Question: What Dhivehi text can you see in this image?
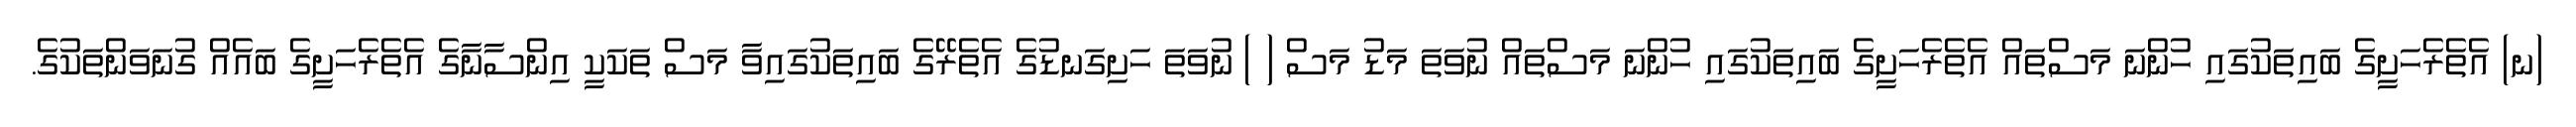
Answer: (ނ) އެތެރެހަށީގެ ބައިތަކުގައި ހުންނަ މަސްތައް އެތެރެހަށީގެ ބައިތަކުގައި ހުންނަ މަސްތައް ނުވަތަ މަޑު މަސް ( ) ނުވަތަ ހަށިގަނޑުގެ އެތެރޭގެ ބައިތަކުގައިވާ މަސް ތަކަކީ އިންސާނާގެ އެތެރެހަށީގެ ބައެއް ގުނަވަންތަކުގެ.